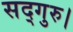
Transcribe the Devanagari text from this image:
सद्गुरु।